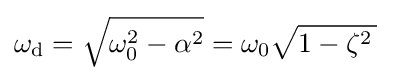
\omega _{\mathrm {d} }={\sqrt {\omega _{0}^{2}-\alpha ^{2}}}=\omega _{0}{\sqrt {1-\zeta ^{2}\,}}\;